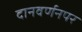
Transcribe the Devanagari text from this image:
दानवर्णनपर